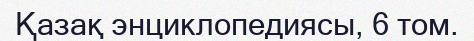
Қазақ энциклопедиясы, 6 том.